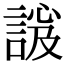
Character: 𧩇